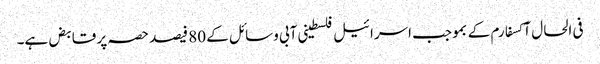
فی الحال آکسفارم کے بموجب اسرائیل فلسطینی آبی وسائل کے 80 فیصد حصہ پر قابض ہے۔